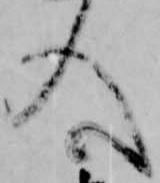
入